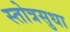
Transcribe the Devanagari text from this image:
स्तोत्रसुधा